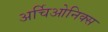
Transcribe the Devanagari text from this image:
अर्चिओनिक्स